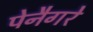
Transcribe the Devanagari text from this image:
पेनैगरे